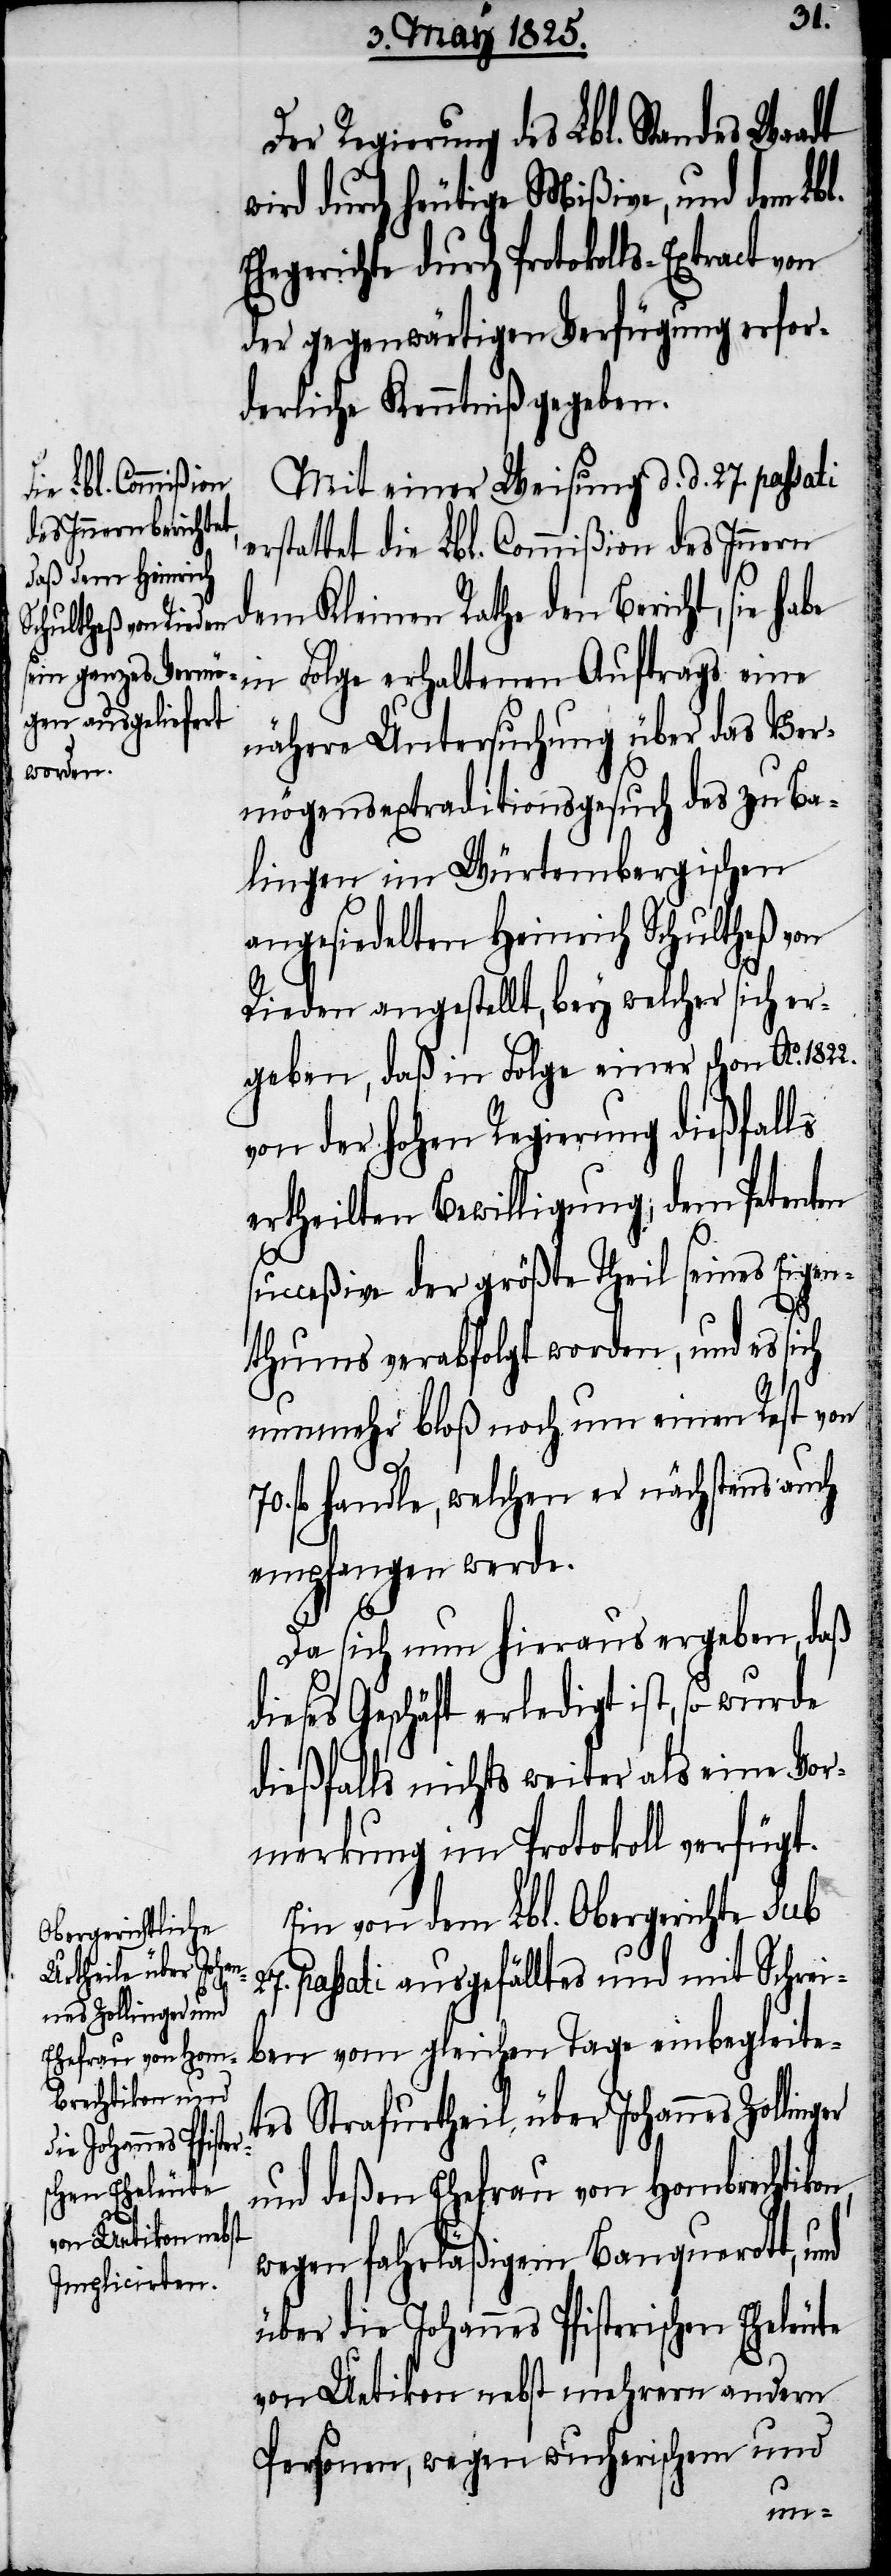
Der Regierung des Lbl. Standes Waadt
wird durch heutige Mißive, und dem Lbl.
Ehegerichte durch Protokolls-Extract von
der gegenwärtigen Verfügung erfor¬
derliche Kenntniß gegeben.
Mit einer Weisung d. d. 27. passati
erstattet die Lbl. Commißion des Innern
dem Kleinen Rathe Bericht, sie ha¬
in Folge erhaltenen Auftrags eine
nähere Untersuchung über das Ver¬
mögensextraditionsgesuch des zu Ba¬
lingen im Würtembergischen
angesiedelten Heinrich Schultheß von
Rieden angestellt, bey welcher sich er¬
geben, daß in Folge einer schon Ao.
von der hohen Regierung dießfalls
ertheilten Bewilligung, dem Petenten
succeßive der größte Theil seines Eigen¬
ger
thums verabfolgt worden, und es sich
nunmehr bloß noch um einen Rest von
fl handle, welchen er nächstens auch
empfangen werde.
Da sich nun hieraus ergeben, daß
es Geschäft erledigt ist, so wurde
dießfalls nichts weiter als eine Vor¬
merkung im Protokoll verfügt.
Eine von dem Lbl. Obergerichte sub
27. passati ausgefälltes und mit Schrei¬
ben vom gleichen Tage einbegleitet¬
es Strafurtheil über Johannes Zollin¬
und deßen Ehefrau von Hombrechtikon,
wegen fahrläßigem Banquerott, und
über die Johannes Pfisterischen Eheleute
von Uetikon nebst mehrern andern
Personen, wegen wucherischem und